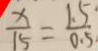
\frac { x } { 1 5 } = \frac { 1 . 5 } { 0 . 5 }